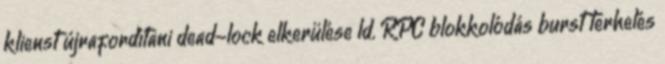
klienst újrafordítani dead-lock elkerülése ld. RPC blokkolódás burst terhelés